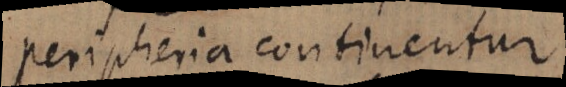
peripheria continentur